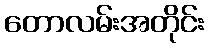
တောလမ်းအတိုင်း